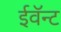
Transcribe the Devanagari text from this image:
ईवॅन्ट